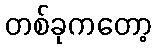
တစ်ခုကတော့